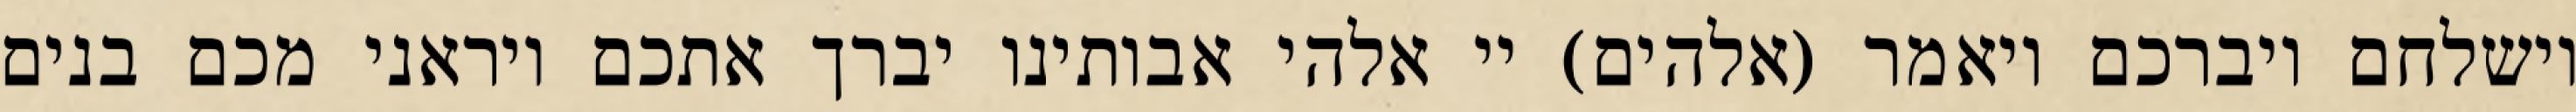
וישלחם ויברכם ויאמר (אלהים) יי אלהי אבותינו יברך אתכם ויראני מכם בנים